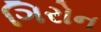
ગિરોન